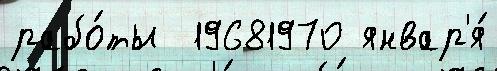
рабо́ты  19681970 январ'я́